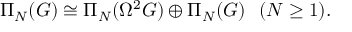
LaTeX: \Pi _ { N } ( { \cal G } ) \cong \Pi _ { N } ( \Omega ^ { 2 } G ) \oplus \Pi _ { N } ( G ) ~ ~ ( N \geq 1 ) .